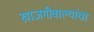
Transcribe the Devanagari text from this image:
खाजगीवाल्यांचा